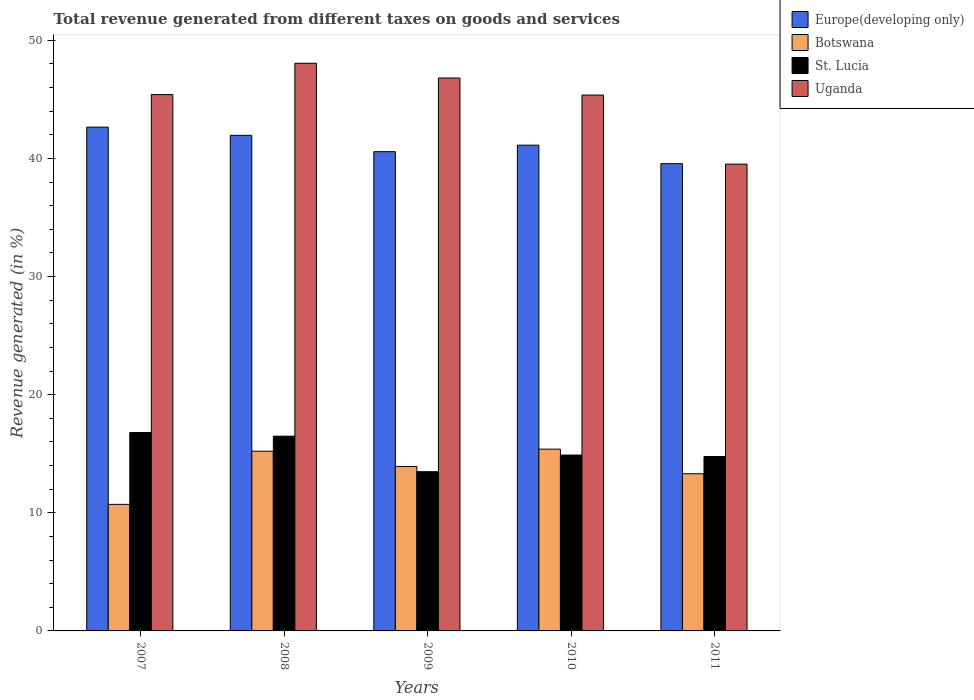
| Years | Europe(developing only) | Botswana | St. Lucia | Uganda |
 | --- | --- | --- | --- | --- |
 | 2007 | 42.6 | 10.7 | 16.8 | 45.4 |
 | 2008 | 42 | 15.2 | 16.5 | 48.1 |
 | 2009 | 40.6 | 13.9 | 13.5 | 46.8 |
 | 2010 | 41.1 | 15.4 | 14.9 | 45.4 |
 | 2011 | 39.6 | 13.3 | 14.8 | 39.5 |